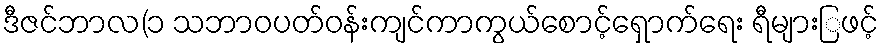
ဒီဇင်ဘာလ(၁ သဘာဝပတ်ဝန်းကျင်ကာကွယ်စောင့်ရှောက်ရေး ရီများြဖင့်